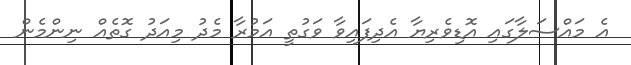
އެ މައްސަލާގައި އޮޑިވެރިޔާ އެދިފައިވާ ވަގުތީ އަމުރާ މެދު މިއަދު ގޮތެއް ނިންމެން